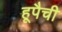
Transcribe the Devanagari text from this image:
हूपैची